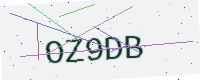
Text: OZ9DB